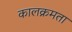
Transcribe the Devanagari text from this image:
कालक्रमता